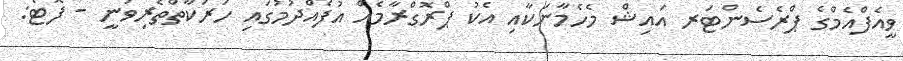
ވީއެފްއެމްގެ ޕްރެސެންޓަރ އައިޝް މެހެމާނަކާއި އެކު ޕްރޮގްރާމެއް އުފެއްދުމުގައި ހަރަކާތްތެރިވަނީ - ފޮޓޯ: